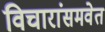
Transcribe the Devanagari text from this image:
विचारांसमवेत